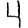
Digit: 4